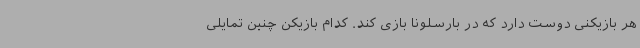
هر بازیکنی دوست دارد که در بارسلونا بازی کند. کدام بازیکن چنین تمایلی